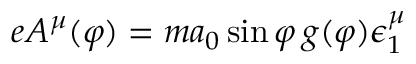
e A ^ { \mu } ( \varphi ) = m a _ { 0 } \sin \varphi \, g ( \varphi ) \epsilon _ { 1 } ^ { \mu }